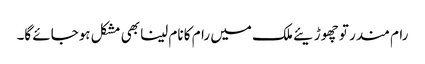
رام مندر تو چھوڑیئے ملک میں رام کا نام لینا بھی مشکل ہوجائے گا۔